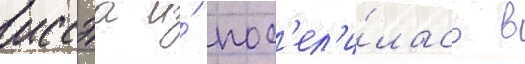
иссэа и́ пос'ел'и́лась в